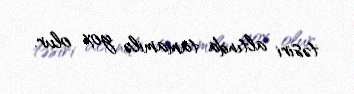
təsiri altında tamamilə yox olur.